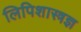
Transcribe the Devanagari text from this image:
लिपिशास्त्रज्ञ